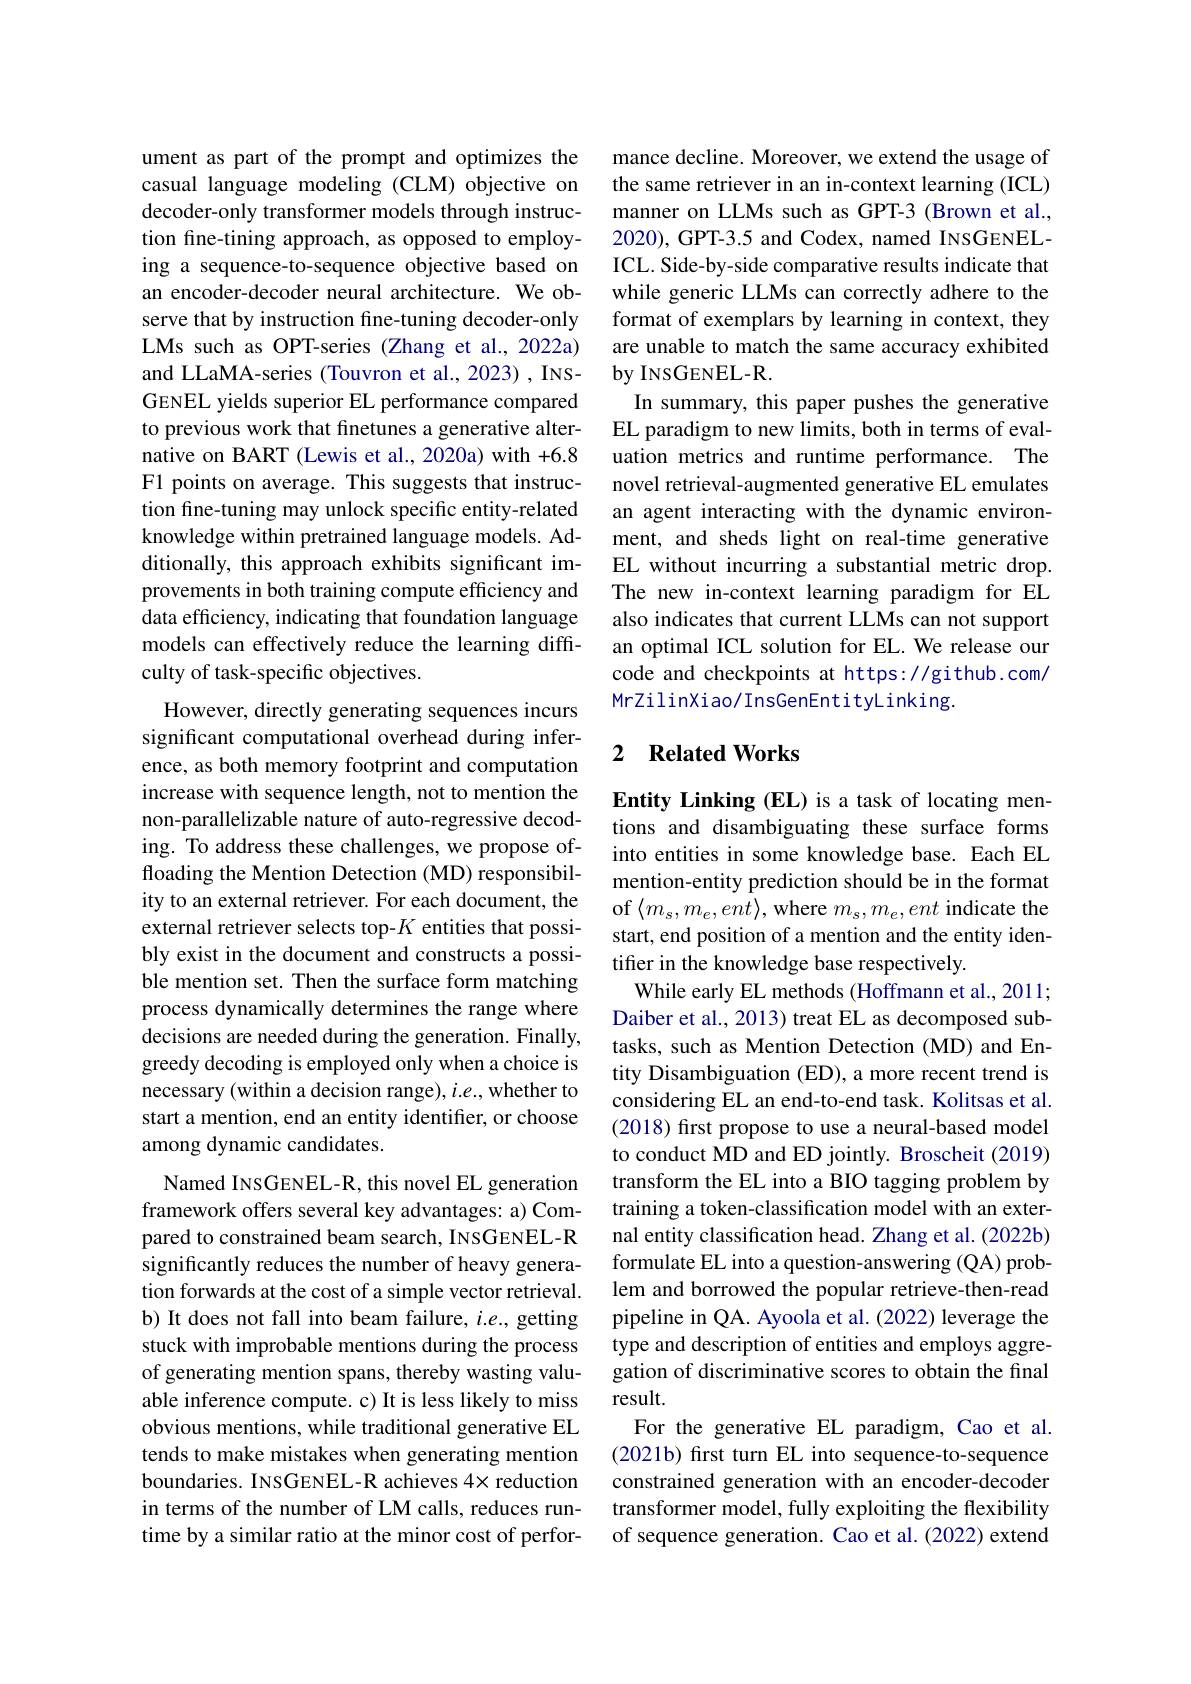
ument as part of the prompt and optimizes the casual language modeling (CLM) objective on decoder-only transformer models through instruction fine-tining approach, as opposed to employing a sequence-to-sequence objective based on an encoder-decoder neural architecture. We observe that by instruction fine-tuning decoder-only LMs such as OPT-series (Zhang et al., 2022a) and LLaMA-series (Touvron et al., 2023) , INSGENEL yields superior EL performance compared to previous work that finetunes a generative alternative on BART (Lewis et al., 2020a) with +6.8 F1 points on average. This suggests that instruction fine-tuning may unlock specific entity-related knowledge within pretrained language models. Additionally, this approach exhibits significant improvements in both training compute efficiency and data efficiency, indicating that foundation language models can effectively reduce the learning diffculty of task-specific objectives.

However, directly generating sequences incurs significant computational overhead during inference, as both memory footprint and computation increase with sequence length, not to mention the non-parallelizable nature of auto-regressive decoding. To address these challenges, we propose offloading the Mention Detection (MD) responsibility to an external retriever. For each document, the external retriever selects top-$K$ entities that possibly exist in the document and constructs a possible mention set. Then the surface form matching process dynamically determines the range where decisions are needed during the generation. Finally, greedy decoding is employed only when a choice is necessary (within a decision range), $i.e.$, whether to start a mention, end an entity identifier, or choose among dynamic candidates.
Named INSGENEL-R, this novel EL generation framework offers several key advantages: a) Compared to constrained beam search, INSGENEL-R significantly reduces the number of heavy generation forwards at the cost of a simple vector retrieval. b) It does not fall into beam failure, $i.e.$, getting stuck with improbable mentions during the process of generating mention spans, thereby wasting valuable inference compute. c) It is less likely to miss obvious mentions, while traditional generative EL tends to make mistakes when generating mention boundaries. INSGENEL-R achieves 4× reduction in terms of the number of LM calls, reduces run-

time by a similar ratio at the minor cost of perfor-

mance decline. Moreover, we extend the usage of the same retriever in an in-context learning (ICL) manner on LLMs such as GPT-3 (Brown et al., 2020), GPT-3.5 and Codex, named INSGENELICL. Side-by-side comparative results indicate that while generic LLMs can correctly adhere to the format of exemplars by learning in context, they are unable to match the same accuracy exhibited by INSGENEL- R.
In summary, this paper pushes the generative EL paradigm to new limits, both in terms of evaluation metrics and runtime performance. The novel retrieval-augmented generative EL emulates an agent interacting with the dynamic environment, and sheds light on real-time generative EL without incurring a substantial metric drop. The new in-context learning paradigm for EL also indicates that current LLMs can not support an optimal ICL solution for EL. We release our code and checkpoints at https://github.com/ MrZilinXiao/InsGenEntityLinking.

## 2 Related Works

Entity Linking (EL) is a task of locating mentions and disambiguating these surface forms into entities in some knowledge base. Each EL mention-entity prediction should be in the format of$\langle m_s,m_e,ent\rangle$,where $m_s,m_e,ent$ indicate the start, end position of a mention and the entity identifier in the knowledge base respectively.
While early EL methods (Hoffmann et al., 2011; Daiber et al., 2013) treat EL as decomposed subtasks, such as Mention Detection (MD) and Entity Disambiguation (ED), a more recent trend is considering EL an end-to-end task. Kolitsas et al. (2018) first propose to use a neural-based model to conduct MD and ED jointly. Broscheit (2019) transform the EL into a BIO tagging problem by training a token-classification model with an external entity classification head. Zhang et al. (2022b) formulate EL into a question-answering (QA) problem and borrowed the popular retrieve-then-read pipeline in QA. Ayoola et al. (2022) leverage the type and description of entities and employs aggregation of discriminative scores to obtain the final result.
For the generative EL paradigm, Cao et al. (2021b) frst turn EL into sequence-to-sequence constrained generation with an encoder-decoder transformer model, fully exploiting the flexibility of sequence generation. Cao et al.(2022) extend